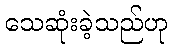
သေဆုံးခဲ့သည်ဟု